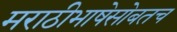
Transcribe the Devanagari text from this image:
मराठीभाषेसोबतच